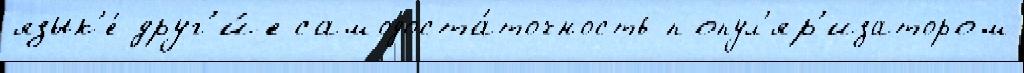
язык'е́ друг'и́е самодоста́точность попул'яр'изатором